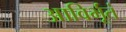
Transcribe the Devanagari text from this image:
आविर्भूतं